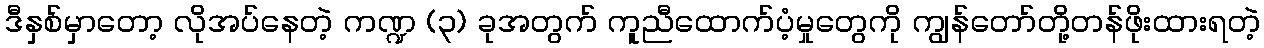
ဒီနှစ်မှာတော့ လိုအပ်နေတဲ့ ကဏ္ဍ (၃) ခုအတွက် ကူညီထောက်ပံ့မှုတွေကို ကျွန်တော်တို့တန်ဖိုးထားရတဲ့